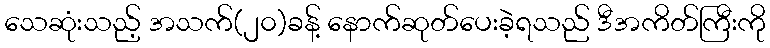
သေဆုံးသည့် အသက်(၂၀)ခန့် နောက်ဆုတ်ပေးခဲ့ရသည် ဒီအကိတ်ကြီးကို